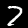
Digit: 7